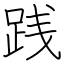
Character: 践